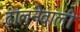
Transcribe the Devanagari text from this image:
ढालनेवाली